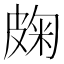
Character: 龾